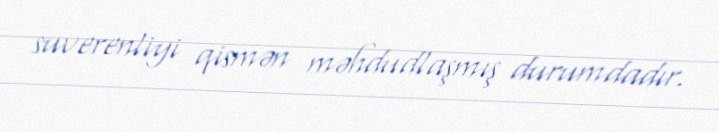
suverenliyi qismən məhdudlaşmış durumdadır.